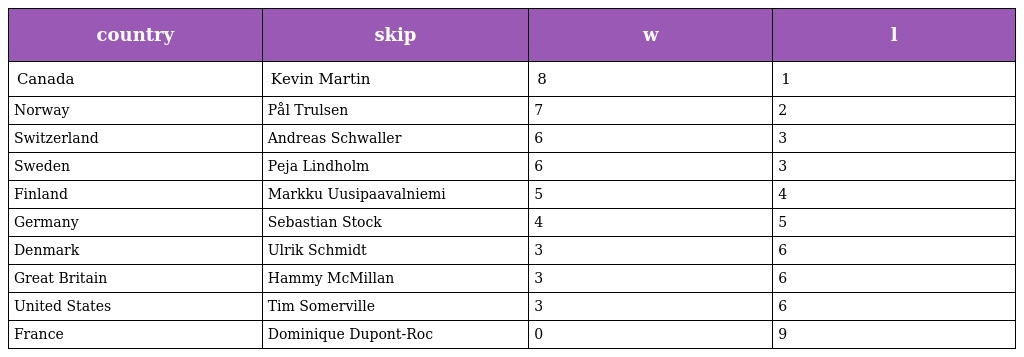
| country | skip | w | l |
 | --- | --- | --- | --- |
 | Canada | Kevin Martin | 8 | 1 |
 | Norway | Pål Trulsen | 7 | 2 |
 | Switzerland | Andreas Schwaller | 6 | 3 |
 | Sweden | Peja Lindholm | 6 | 3 |
 | Finland | Markku Uusipaavalniemi | 5 | 4 |
 | Germany | Sebastian Stock | 4 | 5 |
 | Denmark | Ulrik Schmidt | 3 | 6 |
 | Great Britain | Hammy McMillan | 3 | 6 |
 | United States | Tim Somerville | 3 | 6 |
 | France | Dominique Dupont-Roc | 0 | 9 |